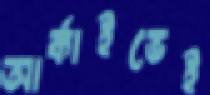
আর্কাইভেই